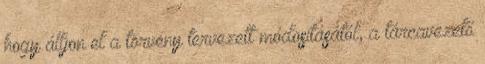
hogy álljon el a törvény tervezett módosításától, a tárcavezető